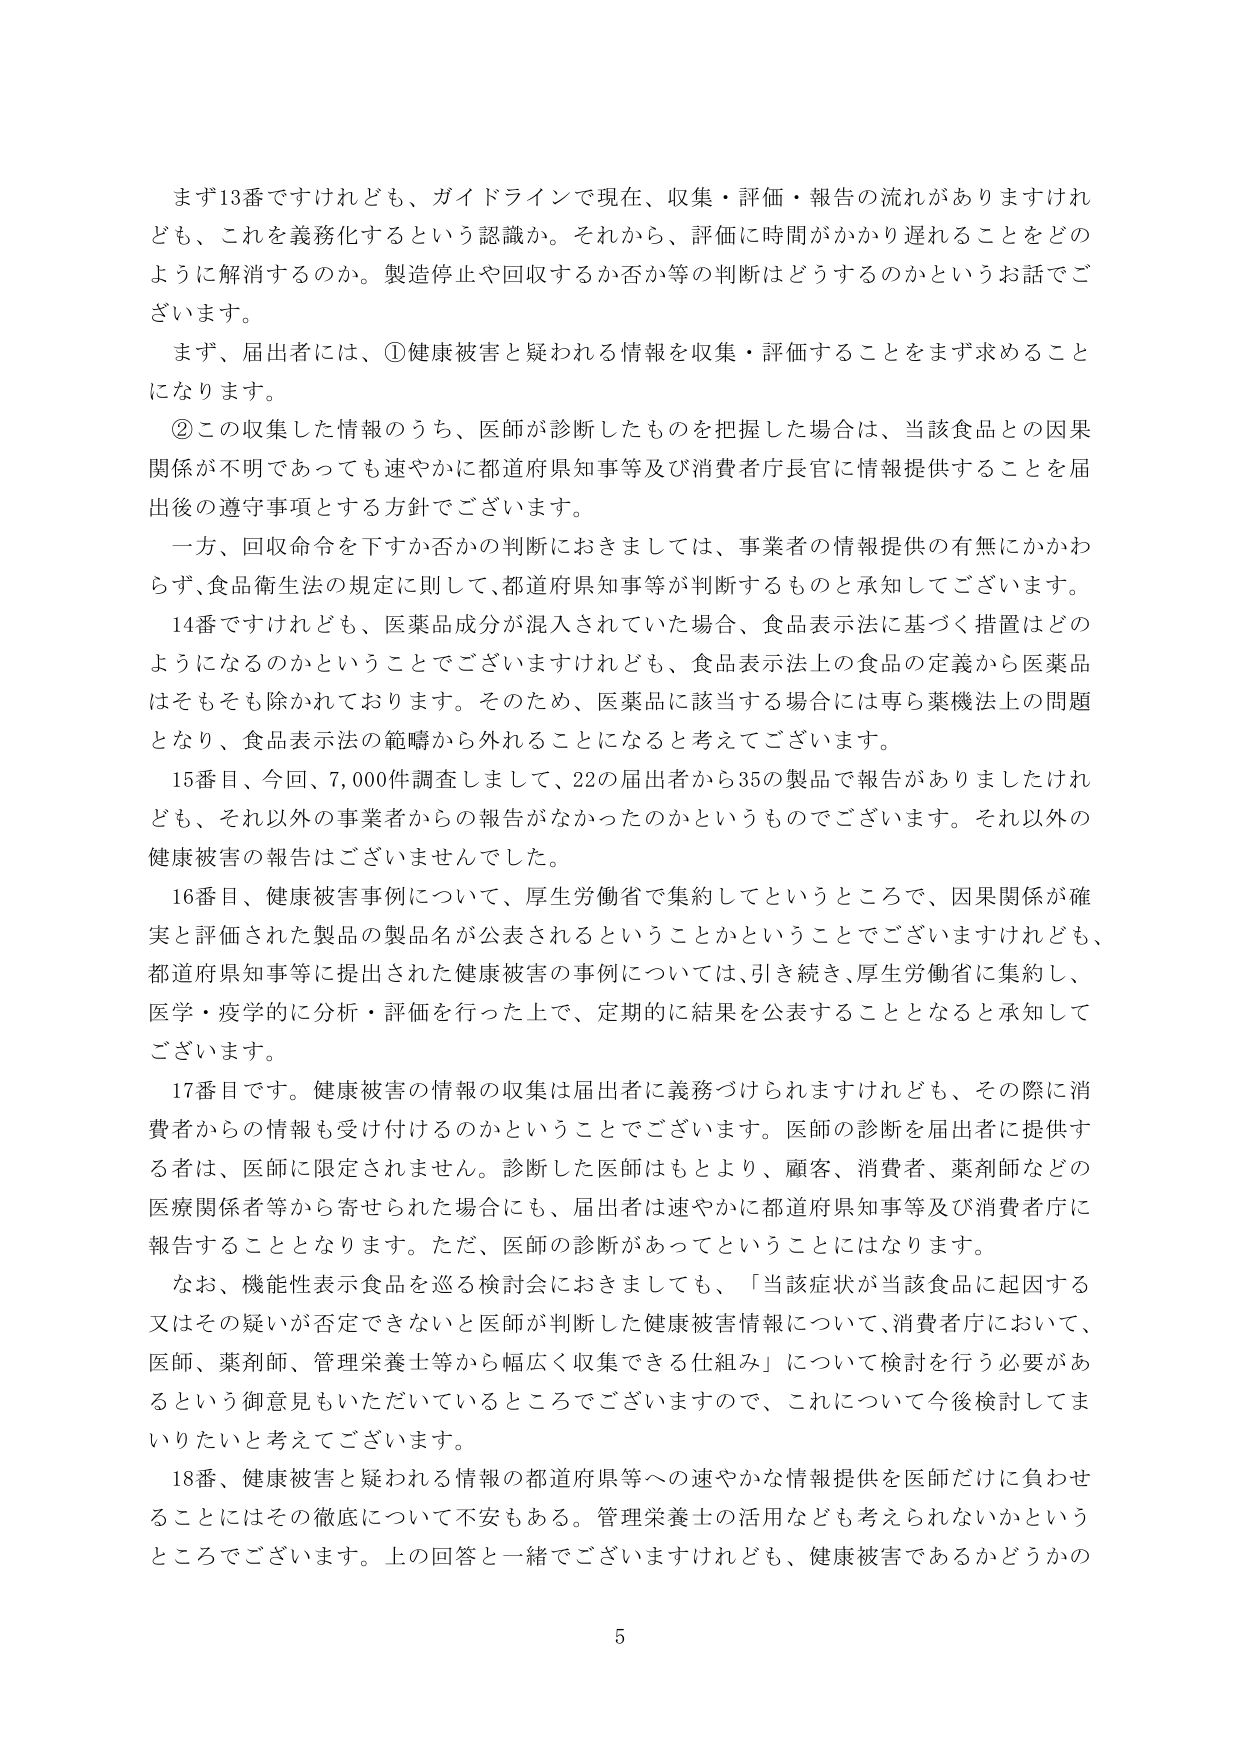
まず13番ですけれども、ガイドラインで現在、収集・評価・報告の流れがありますけれども、これを義務化するという認識か。それから、評価に時間がかかり遅れることをどのように解消するのか。製造停止や回収するか否か等の判断はどうするのかというお話でございます。

まず、届出者には、①健康被害と疑われる情報を収集・評価することをまず求めることになります。

②この収集した情報のうち、医師が診断したものを持握した場合は、当該食品との因果関係が不明であっても速やかに都道府県知事等及び消費者庁長官に情報提供することを届出後の遵守事項とする方針でございます。

一方、回収命令を下すか否かの判断におきましては、事業者の情報提供の有無にかかわらず、食品衛生法の規定に則して、都道府県知事等が判断するものと承知してございます。

14番ですけれども、医薬品成分が混入されていた場合、食品表示法に基づく措置はどのようになるのかということでございますけれども、食品表示法上の食品の定義から医薬品はそもそも除かれております。そのため、医薬品に該当する場合には専ら薬機法上の問題となり、食品表示法の範疇から外れることになると考えております。

15番目、今回、7,000件調査しまして、22の届出者から35の製品で報告がありましたけれども、それ以外の事業者からの報告がなかったのかというものですございます。それ以外の健康被害の報告はございませんでした。

16番目、健康被害事例について、厚生労働省で集約してというところで、因果関係が確実と評価された製品の製品名が公表されるということかということでございますけれども、都道府県知事等に提出された健康被害の事例については、引き続き、厚生労働省に集約し、医学・疫学的に分析・評価を行った上で、定期的に結果を公表することとなると承知しております。

17番目です。健康被害の情報の収集は届出者に義務づけられますけれども、その際に消費者からの情報も受け付けるのかということでございます。医師の診断を届出者に提供する者は、医師に限定されません。診断した医師はもとより、顧客、消費者、薬剤師などの医療関係者等から寄せられた場合にも、届出者は速やかに都道府県知事等及び消費者庁に報告することとなります。ただ、医師の診断があってということになります。

なお、機能性表示食品を巡る検討会におきましても、「当該症状が当該食品に起因する又はその疑いが否定できないと医師が判断した健康被害情報について、消費者庁において、医師、薬剤師、管理栄養士等から幅広く収集できる仕組み」について検討を行う必要があるという御意見もいただいているところでございますので、これについて今後検討してまいりたいと考えております。

18番、健康被害と疑われる情報の都道府県等への速やかな情報提供を医師だけに負わせることにはその徹底について不安もある。管理栄養士の活用なども考えられないかというところでございます。上の回答と一緒でございますけれども、健康被害であるかどうかの

5